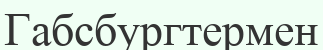
Габсбургтермен